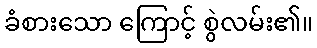
ခံစားသော ကြောင့် စွဲလမ်း၏။